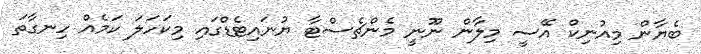
ބެޔާން މިއުނިކް އޭސީ މިލާން ނޫނީ މެންޗެސްޓާ ޔުނައިޓެޑްގައި މިކަހަލަ ކަމެއް ހިނގާތަ